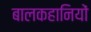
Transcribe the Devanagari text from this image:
बालकहानियों